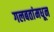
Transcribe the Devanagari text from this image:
गलबतांमधून